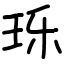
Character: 𬍛